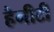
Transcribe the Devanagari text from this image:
हैनीटी